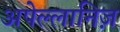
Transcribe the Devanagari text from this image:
अपेल्लानिज़